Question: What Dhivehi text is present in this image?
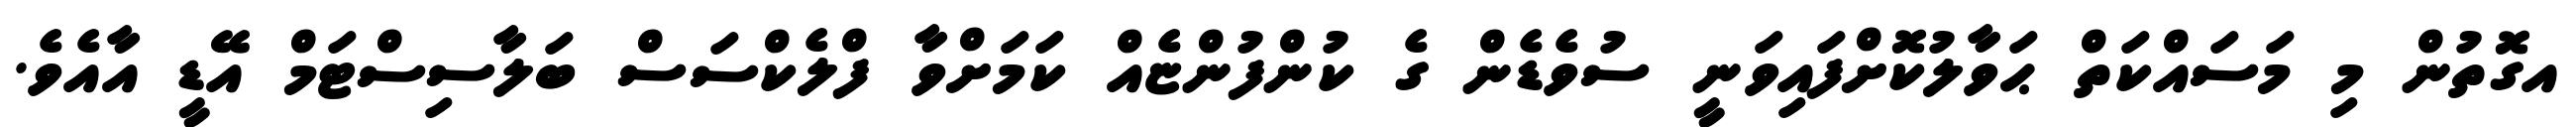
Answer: އގޮތުން މި މަސައްކަތް ޙަވާލުކޮށްފައިވަނީ ސުވެޑެން ގެ ކުންފުންޏެއް ކަމަށްވާ ފްލެކްސަސް ބަލާސިސްޓަމް އޭޑީ އާއެވެ.